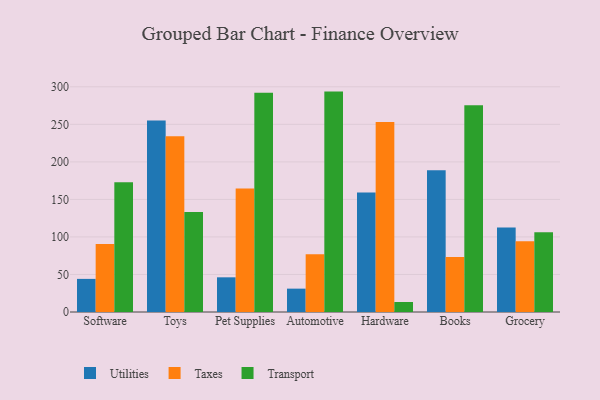
{"axis": {"x": "Category", "y": "Active Users"}, "legend": ["Taxes", "Transport", "Utilities"], "data": [{"x": "Software", "y": 44.1, "type": "Utilities"}, {"x": "Software", "y": 90.6, "type": "Taxes"}, {"x": "Software", "y": 173.0, "type": "Transport"}, {"x": "Toys", "y": 255.1, "type": "Utilities"}, {"x": "Toys", "y": 234.2, "type": "Taxes"}, {"x": "Toys", "y": 133.2, "type": "Transport"}, {"x": "Pet Supplies", "y": 46.2, "type": "Utilities"}, {"x": "Pet Supplies", "y": 164.6, "type": "Taxes"}, {"x": "Pet Supplies", "y": 292.2, "type": "Transport"}, {"x": "Automotive", "y": 31.1, "type": "Utilities"}, {"x": "Automotive", "y": 76.9, "type": "Taxes"}, {"x": "Automotive", "y": 293.6, "type": "Transport"}, {"x": "Hardware", "y": 159.2, "type": "Utilities"}, {"x": "Hardware", "y": 253.1, "type": "Taxes"}, {"x": "Hardware", "y": 13.3, "type": "Transport"}, {"x": "Books", "y": 188.9, "type": "Utilities"}, {"x": "Books", "y": 73.3, "type": "Taxes"}, {"x": "Books", "y": 275.4, "type": "Transport"}, {"x": "Grocery", "y": 112.6, "type": "Utilities"}, {"x": "Grocery", "y": 94.3, "type": "Taxes"}, {"x": "Grocery", "y": 106.2, "type": "Transport"}]}